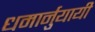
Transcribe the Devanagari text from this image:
धमार्नुयायी